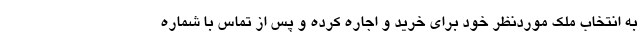
به انتخاب ملک موردنظر خود برای خرید و اجاره کرده و پس از تماس با شماره